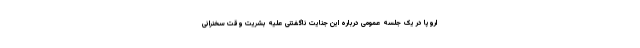
اروپا در یک جلسه عمومی درباره این جنایت ناگفتنی علیه بشریت وقت سخنرانی